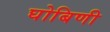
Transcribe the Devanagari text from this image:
घोबिणी